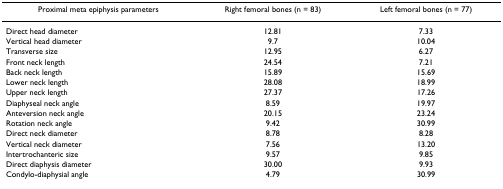
<table><thead><tr><td><b>Proximal meta epiphysis parameters</b></td><td><b>Right femoral bones (n = 83)</b></td><td><b>Left femoral bones (n = 77)</b></td></tr></thead><tbody><tr><td>Direct head diameter</td><td>12.81</td><td>7.33</td></tr><tr><td>Vertical head diameter</td><td>9.7</td><td>10.04</td></tr><tr><td>Transverse size</td><td>12.95</td><td>6.27</td></tr><tr><td>Front neck length</td><td>24.54</td><td>7.21</td></tr><tr><td>Back neck length</td><td>15.89</td><td>15.69</td></tr><tr><td>Lower neck length</td><td>28.08</td><td>18.99</td></tr><tr><td>Upper neck length</td><td>27.37</td><td>17.26</td></tr><tr><td>Diaphyseal neck angle</td><td>8.59</td><td>19.97</td></tr><tr><td>Anteversion neck angle</td><td>20.15</td><td>23.24</td></tr><tr><td>Rotation neck angle</td><td>9.42</td><td>30.99</td></tr><tr><td>Direct neck diameter</td><td>8.78</td><td>8.28</td></tr><tr><td>Vertical neck diameter</td><td>7.56</td><td>13.20</td></tr><tr><td>Intertrochanteric size</td><td>9.57</td><td>9.85</td></tr><tr><td>Direct diaphysis diameter</td><td>30.00</td><td>9.93</td></tr><tr><td>Condylo-diaphysial angle</td><td>4.79</td><td>30.99</td></tr></tbody></table>